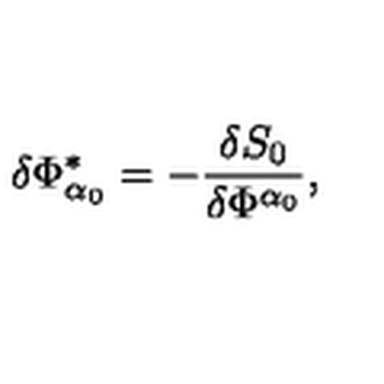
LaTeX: \delta \Phi _ { \alpha _ { 0 } } ^ { * } = - \frac { \delta S _ { 0 } } { \delta \Phi ^ { \alpha _ { 0 } } } ,